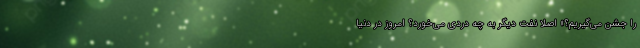
را جشن می‌گیریم؟» اصلا نفت دیگر به چه دردی می‌خورد؟ امروز در دنیا